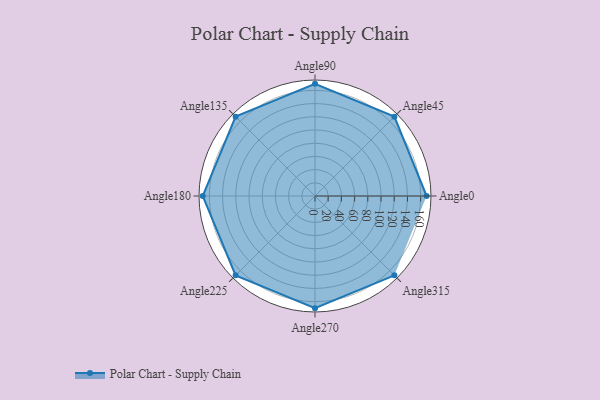
{"axis": {"x": "Angle", "y": "Radius"}, "legend": [""], "data": [{"x": "Angle0", "y": 169.0, "type": ""}, {"x": "Angle45", "y": 170, "type": ""}, {"x": "Angle90", "y": 170, "type": ""}, {"x": "Angle135", "y": 170, "type": ""}, {"x": "Angle180", "y": 170, "type": ""}, {"x": "Angle225", "y": 170, "type": ""}, {"x": "Angle270", "y": 170, "type": ""}, {"x": "Angle315", "y": 170, "type": ""}]}